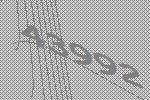
43992